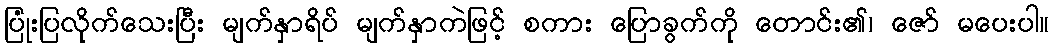
ပြုံးပြလိုက်သေးပြီး မျက်နှာရိပ် မျက်နှာကဲဖြင့် စကား ပြောခွက်ကို တောင်း၏၊ ဇော် မပေးပါ။